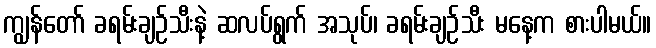
ကျွန်တော် ခရမ်းချဉ်သီးနဲ့ ဆလပ်ရွက် အသုပ်၊ ခရမ်းချဉ်သီး မနေ့က စားပါမယ်။